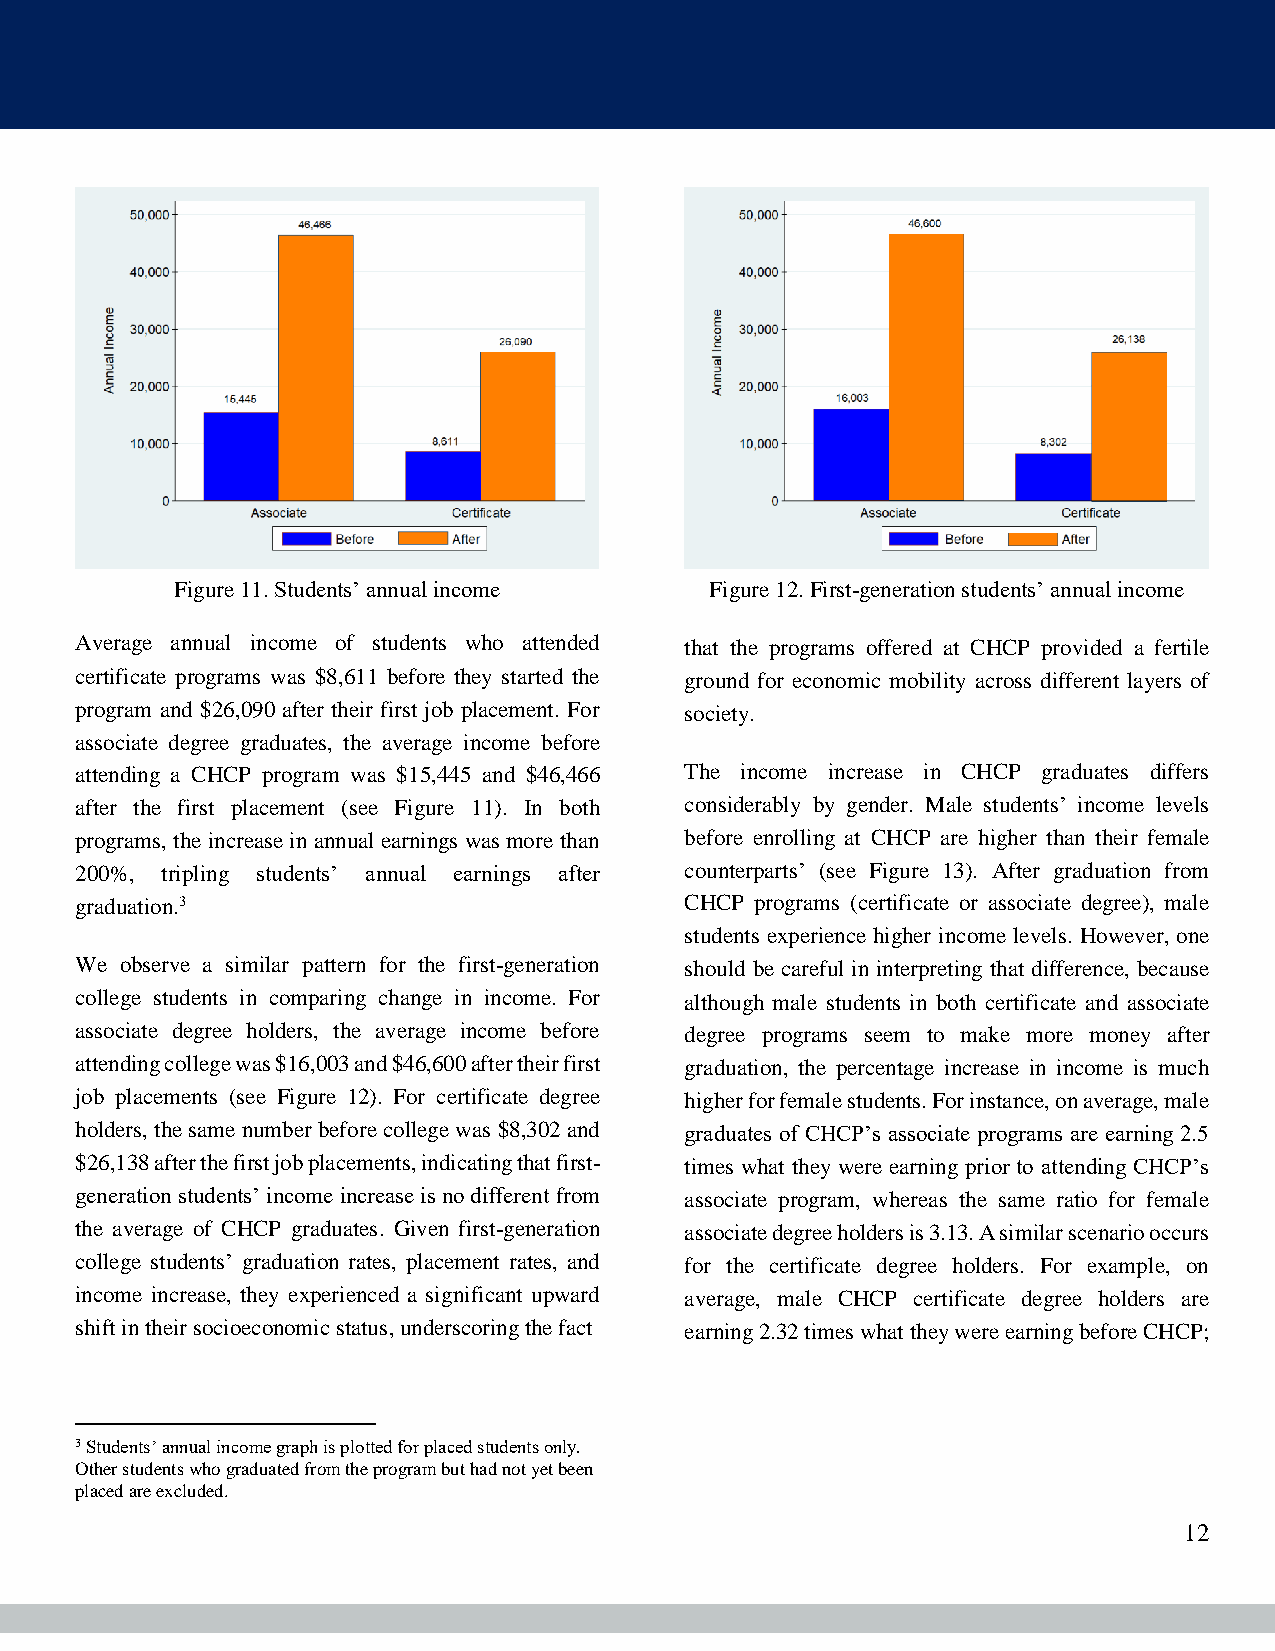
Figure 11. Students’ annual income Figure 12. First-generation students’ annual income
 Average annual income of students who attended that the programs offered at CHCP provided a fertile
 certificate programs was $8,611 before they started the ground for economic mobility across different layers of
 program and $26,090 after their first job placement. For society.
 associate degree graduates, the average income before
 attending a CHCP program was $15,445 and $46,466 The income increase in CHCP graduates differs
 after the first placement (see Figure 11). In both considerably by gender. Male students’ income levels
 programs, the increase in annual earnings was more than before enrolling at CHCP are higher than their female
 200%, tripling students’ annual earnings after counterparts’ (see Figure 13). After graduation from
 graduation.3                            CHCP programs (certificate or associate degree), male
 students experience higher income levels. However, one
 We observe a similar pattern for the first-generation should be careful in interpreting that difference, because
 college students in comparing change in income. For although male students in both certificate and associate
 associate degree holders, the average income before degree programs seem to make more money after
 attending college was $16,003 and $46,600 after their first graduation, the percentage increase in income is much
 job placements (see Figure 12). For certificate degree higher for female students. For instance, on average, male
 holders, the same number before college was $8,302 and graduates of CHCP’s associate programs are earning 2.5
 $26,138 after the first job placements, indicating that first- times what they were earning prior to attending CHCP’s
 generation students’ income increase is no different from associate program, whereas the same ratio for female
 the average of CHCP graduates. Given first-generation associate degree holders is 3.13. A similar scenario occurs
 college students’ graduation rates, placement rates, and for the certificate degree holders. For example, on
 income increase, they experienced a significant upward average, male CHCP certificate degree holders are
 shift in their socioeconomic status, underscoring the fact earning 2.32 times what they were earning before CHCP;
 3 Students’ annual income graph is plotted for placed students only.
 Other students who graduated from the program but had not yet been
 placed are excluded.
 12